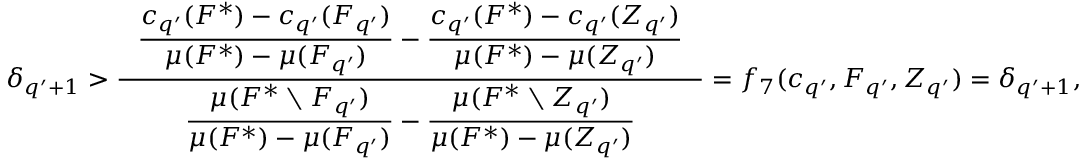
\delta _ { q ^ { \prime } + 1 } > \frac { \hphantom { x } \displaystyle \frac { c _ { q ^ { \prime } } ( F ^ { * } ) - c _ { q ^ { \prime } } ( F _ { q ^ { \prime } } ) } { \mu ( F ^ { * } ) - \mu ( F _ { q ^ { \prime } } ) } - \frac { c _ { q ^ { \prime } } ( F ^ { * } ) - c _ { q ^ { \prime } } ( Z _ { q ^ { \prime } } ) } { \mu ( F ^ { * } ) - \mu ( Z _ { q ^ { \prime } } ) } \hphantom { x } } { \hphantom { x } \displaystyle \frac { \mu ( F ^ { * } \setminus F _ { q ^ { \prime } } ) } { \mu ( F ^ { * } ) - \mu ( F _ { q ^ { \prime } } ) } - \frac { \mu ( F ^ { * } \setminus Z _ { q ^ { \prime } } ) } { \mu ( F ^ { * } ) - \mu ( Z _ { q ^ { \prime } } ) } \hphantom { x } } = f _ { 7 } ( c _ { q ^ { \prime } } , F _ { q ^ { \prime } } , Z _ { q ^ { \prime } } ) = \delta _ { q ^ { \prime } + 1 } ,